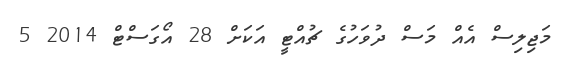
މަޖިލިސް އެއް މަސް ދުވަހުގެ ޗުއްޓީ އަކަށް 28 އޯގަސްޓް 2014 5